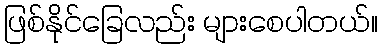
ဖြစ်နိုင်ခြေလည်း များစေပါတယ်။